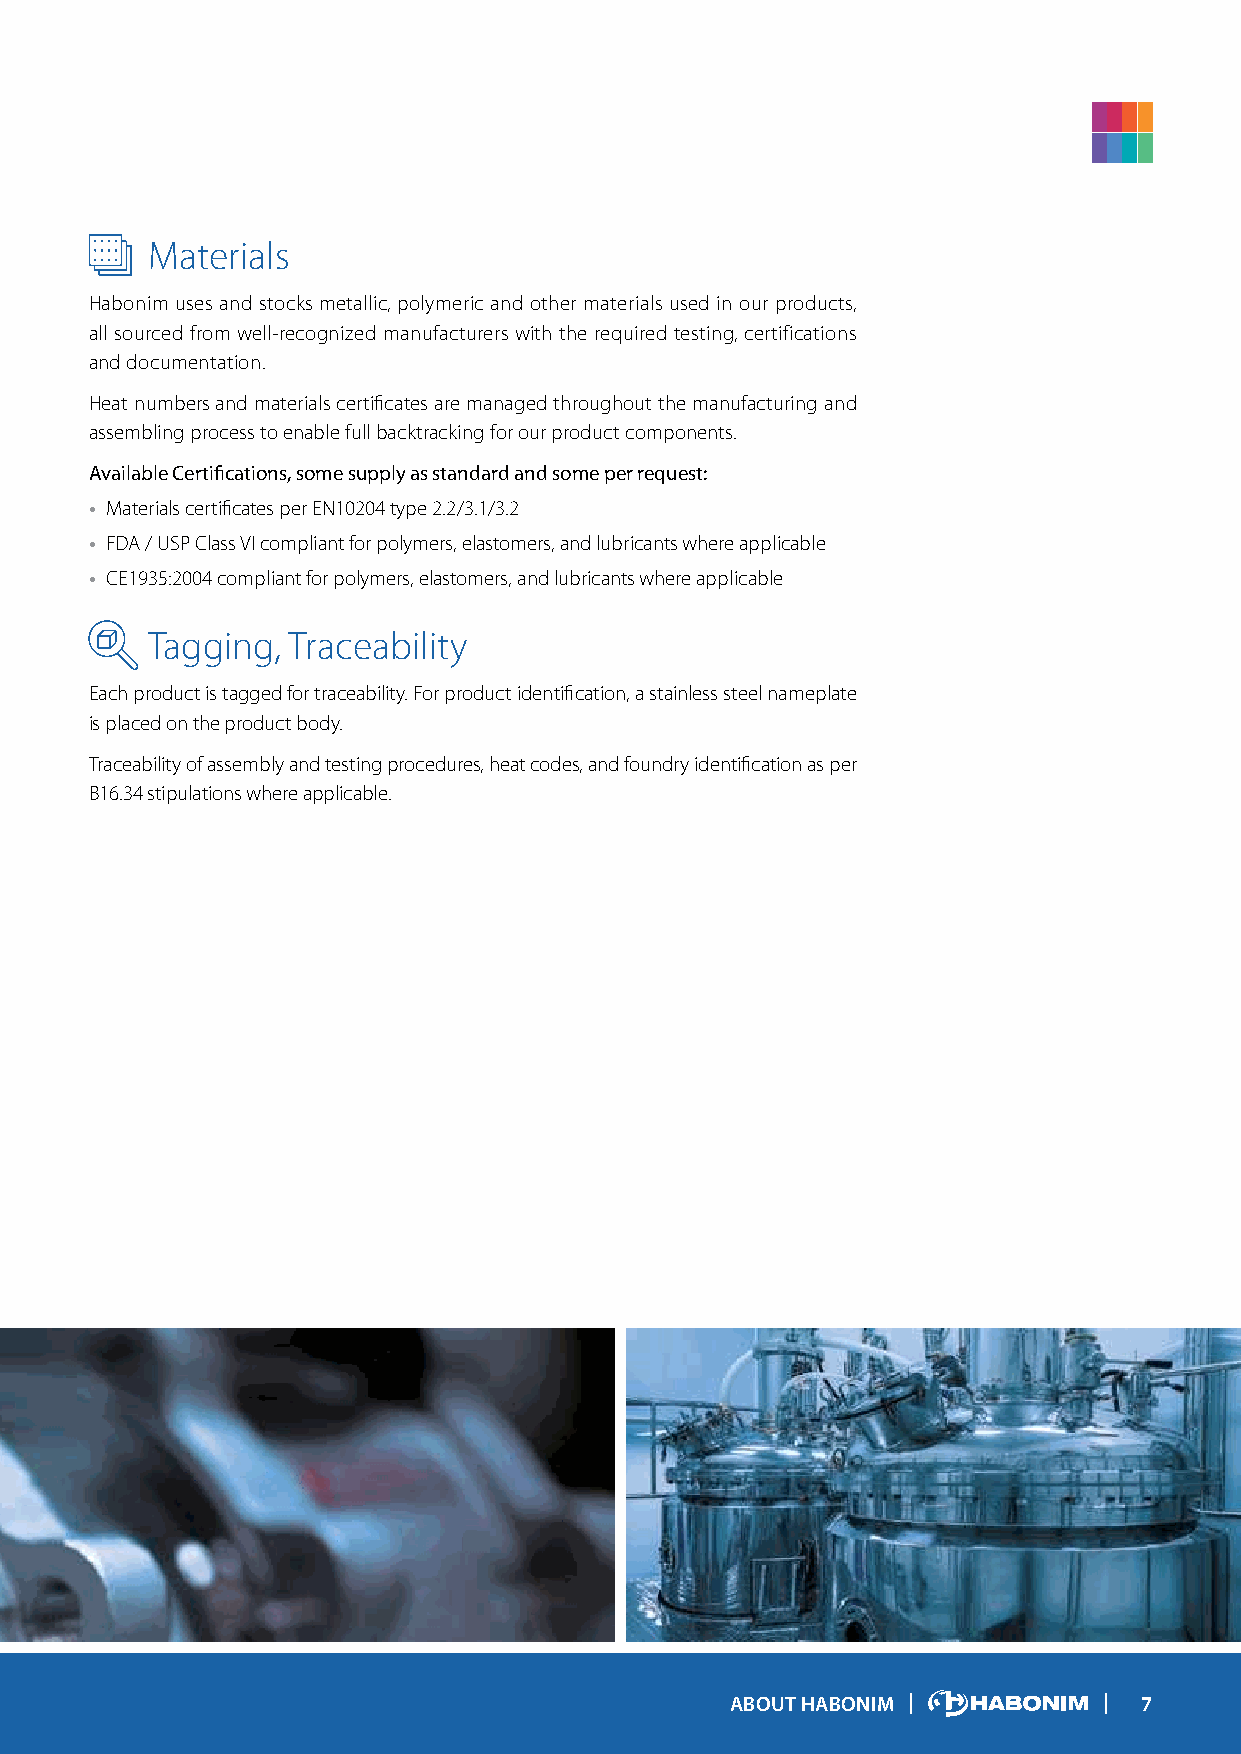
Materials
 Habonim uses and stocks metallic, polymeric and other materials used in our products,
 all sourced from well-recognized manufacturers with the required testing, certifications
 and documentation.
 Heat numbers and materials certificates are managed throughout the manufacturing and
 assembling process to enable full backtracking for our product components.
 Available Certifications, some supply as standard and some per request:
 • Materials certificates per EN10204 type 2.2/3.1/3.2
 • FDA / USP Class VI compliant for polymers, elastomers, and lubricants where applicable
 • CE1935:2004 compliant for polymers, elastomers, and lubricants where applicable
 Tagging, Traceability
 Each product is tagged for traceability. For product identification, a stainless steel nameplate
 is placed on the product body.
 Traceability of assembly and testing procedures, heat codes, and foundry identification as per
 B16.34 stipulations where applicable.
 ABOUT HABONIM               7